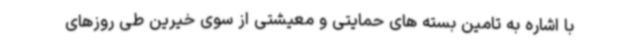
با اشاره به تامین بسته های حمایتی و معیشتی از سوی خیرین طی روزهای